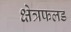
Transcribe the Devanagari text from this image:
क्षेत्रफलड